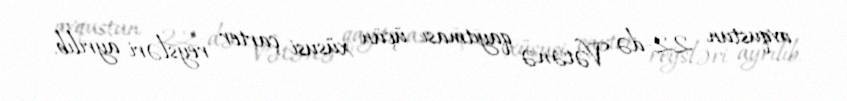
avqustun 22-də Vətənə qayıtması üçün xüsusi çarter reysləri ayrılıb.